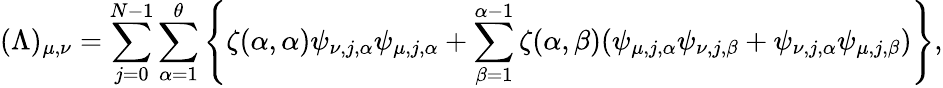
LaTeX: (\Lambda)_{\mu,\nu}=\sum_{j=0}^{N-1}\sum_{\alpha=1}^{\theta}\left\{ \zeta(\alpha,\alpha)\psi_{\nu,j,\alpha}\psi_{\mu,j,\alpha}+\sum_{\beta=1}^{\alpha-1}\zeta(\alpha,\beta)(\psi_{\mu,j,\alpha}\psi_{\nu,j,\beta}+\psi_{\nu,j,\alpha}\psi_{\mu,j,\beta})\right\} ,